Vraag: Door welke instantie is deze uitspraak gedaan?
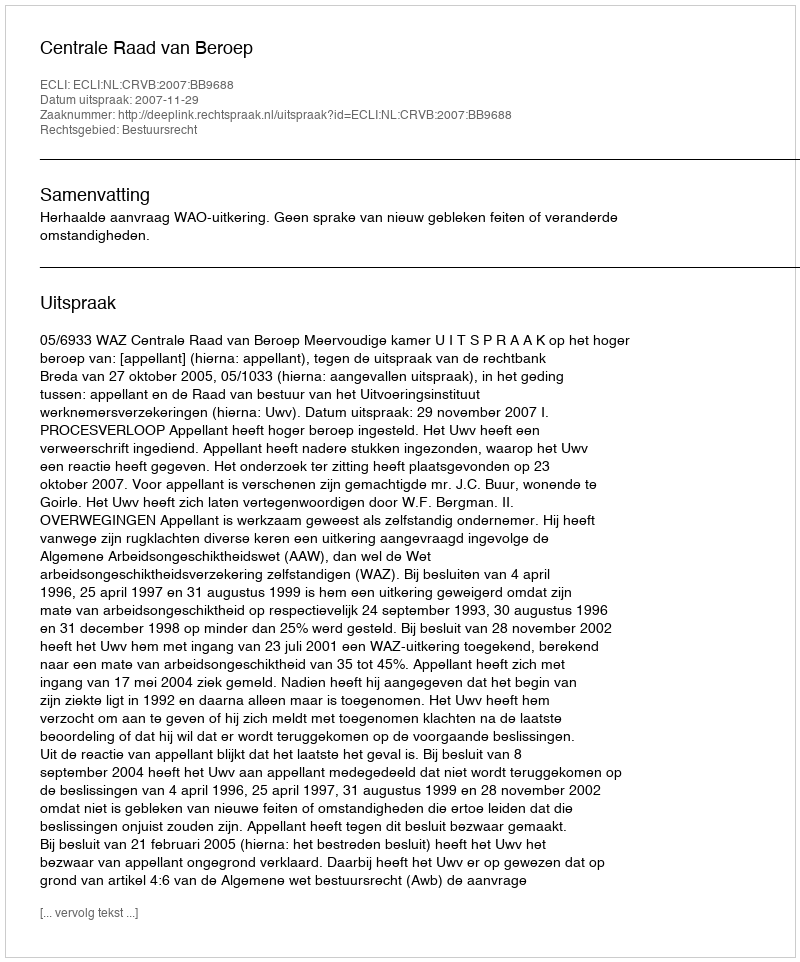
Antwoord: Centrale Raad van Beroep